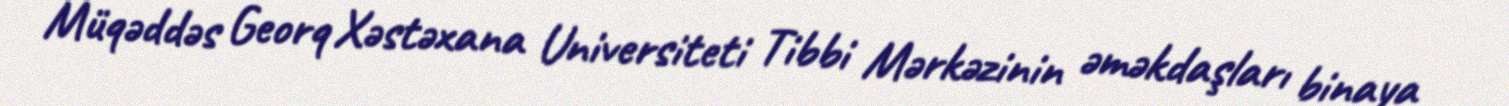
Müqəddəs Georq Xəstəxana Universiteti Tibbi Mərkəzinin əməkdaşları binaya